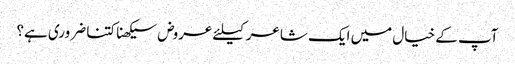
آپ کے خیال میں ایک شاعر کیلئے عروض سیکھنا کتنا ضروری ہے؟